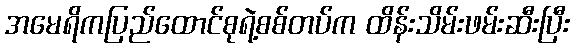
အမေရိကပြည်ထောင်စုရဲ့စစ်တပ်က ထိန်းသိမ်းဖမ်းဆီးပြီး